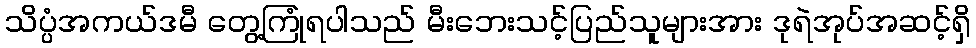
သိပ္ပံအကယ်ဒမီ တွေ့ကြုံရပါသည် မီးဘေးသင့်ပြည်သူများအား ဒုရဲအုပ်အဆင့်ရှိ